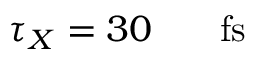
\tau _ { X } = 3 0 \ensuremath { \mathrm { ~ \textrm ~ { ~ \, ~ } ~ } } \ensuremath { \mathrm { f s } }